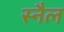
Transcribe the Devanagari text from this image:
स्नैल